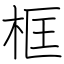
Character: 框